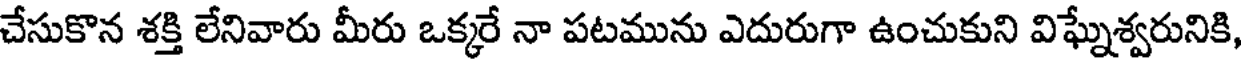
చేసుకొన శక్తి లేనివారు మీరు ఒక్కరే నా పటమును ఎదురుగా ఉంచుకుని విఘ్నేశ్వరునికి,